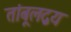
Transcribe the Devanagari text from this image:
तांबूलद्वय